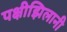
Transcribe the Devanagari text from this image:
पक्षीझिलानी